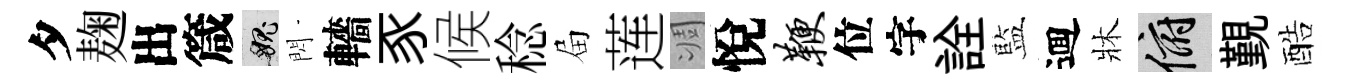
夕麹出箴愧閃轖豕候稔屇莲凋悅鞭位字詮藍逥牀俯覲酷